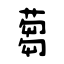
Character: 蒭